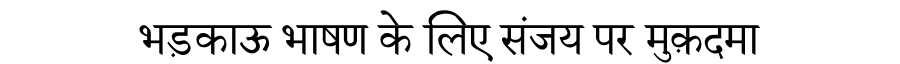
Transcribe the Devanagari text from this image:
भड़काऊ भाषण के लिए संजय पर मुक़दमा